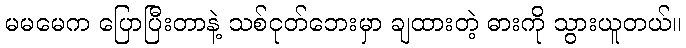
မမမေက ပြောပြီးတာနဲ့ သစ်ငုတ်ဘေးမှာ ချထားတဲ့ ဓားကို သွားယူတယ်။